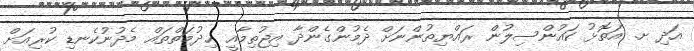
އަދި ށ. އަތޮޅު ކައުންސިލުން ރައްޔިތުންނަށް ދެމުންގެންދާ އިޖުތިމާއީ ޚިދުމަތްތައް މެދުނުކެނޑި ކުރިއަށް